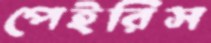
পেইরিস